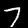
Label: 7